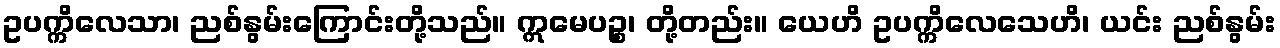
ဥပက္ကိလေသာ၊ ညစ်နွမ်းကြောင်းတို့သည်။ ဣမေပဉ္စ၊ တို့တည်း။ ယေဟိ ဥပက္ကိလေသေဟိ၊ ယင်း ညစ်နွမ်း